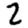
Digit: 2